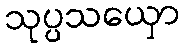
သုပ္ပသယှော